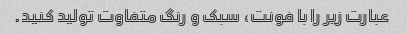
عبارت زیر را با فونت، سبک و رنگ متفاوت تولید کنید.